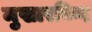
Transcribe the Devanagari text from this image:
मुखारबिन्द